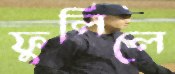
ফুলিলে